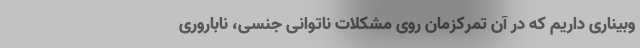
وبیناری داریم که در آن تمرکزمان روی مشکلات ناتوانی جنسی، ناباروری